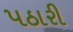
પઠારી